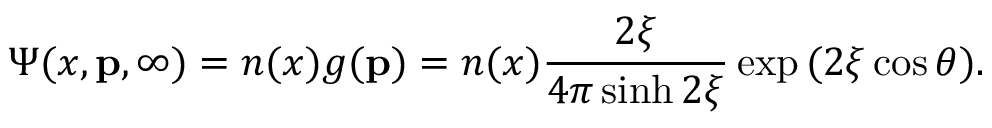
\Psi ( x , \mathbf { p } , \infty ) = n ( x ) g ( \mathbf { p } ) = n ( x ) \frac { 2 \xi } { 4 \pi \sinh { 2 \xi } } \exp { ( 2 \xi \cos { \theta } ) } .